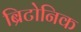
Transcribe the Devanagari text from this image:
ब्रिटोनिक